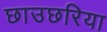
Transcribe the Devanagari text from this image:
छाउछरिया